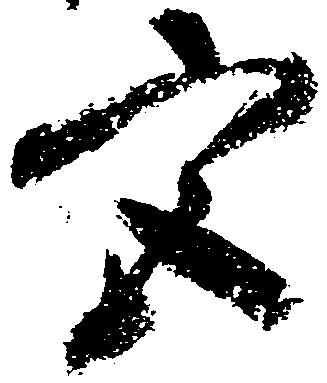
宮